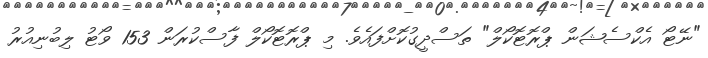
"ނޭޓޯ އެކްސެޝަން ޕްރޮޓޮކޯލް" ތަސްދީގުކޮށްފައެވެ. މި ޕްރޮޓޮކޯލް ފާސްކުރަން 153 ވޯޓު ލިބުނިއުރު